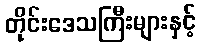
တိုင်းဒေသကြီးများနှင့်